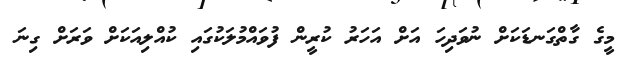
މީގެ ގާތްގަނޑަކަށް ނުވަދިހަ އަށް އަހަރު ކުރީން ފުވައްމުލަކުގައި ކުއްލިއަކަށް ވަރަށް ގިނަ